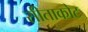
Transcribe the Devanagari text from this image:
सीताकोट